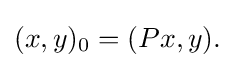
\displaystyle {(x,y)_{0}=(Px,y).}